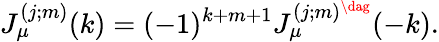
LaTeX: J_{\mu}^{(j;m)}(k)=(-1)^{k+m+1}J_{\mu}^{(j;m)^{\dag}}(-k).